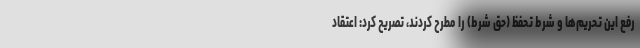
رفع این تحریم‌ها و شرط تحفظ (حق شرط) را مطرح کردند، تصریح کرد: اعتقاد